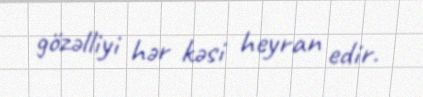
gözəlliyi hər kəsi heyran edir.